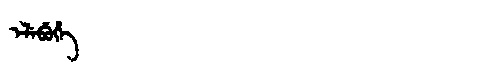
Manchu: ᡝᠯᡝᠪᡠᡥᡝ
Romanization: ELEBUHE